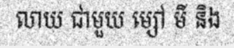
លាយ ជាមួយ ម្សៅ មី និង